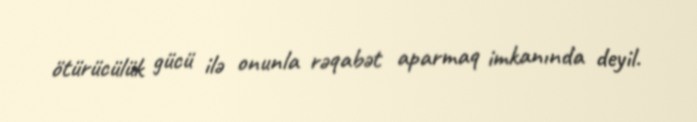
ötürücülük gücü ilə onunla rəqabət aparmaq imkanında deyil.